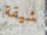
شيقة